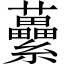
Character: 虆